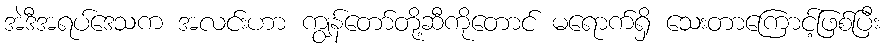
အဲဒီအရပ်ဒေသက အလင်းဟာ ကျွန်တော်တို့ဆီကိုတောင် မရောက်ရှိ သေးတာကြောင့်ဖြစ်ပြီး